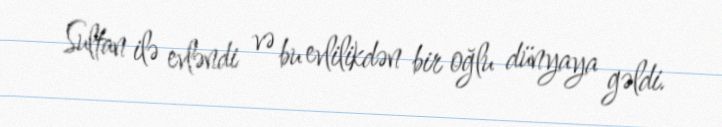
Sultan ilə evləndi və bu evlilikdən bir oğlu dünyaya gəldi.